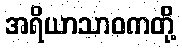
အရိယာသာဝကတို့